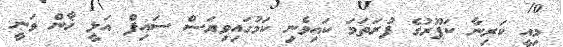
މިއީ ކަރިނާ ކަޕޫރުގެ ފުރަތަމަ ކައިވެނި ކަމުގައިވިޔަސް ސައިފް އަލީ ޚާން ވަނީ